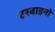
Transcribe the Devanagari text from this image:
टरबाइनो